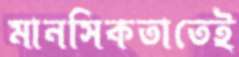
মানসিকতাতেই